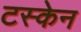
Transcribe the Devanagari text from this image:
टस्केन